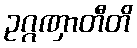
ဥဂ္ဂဏှာတီတိ